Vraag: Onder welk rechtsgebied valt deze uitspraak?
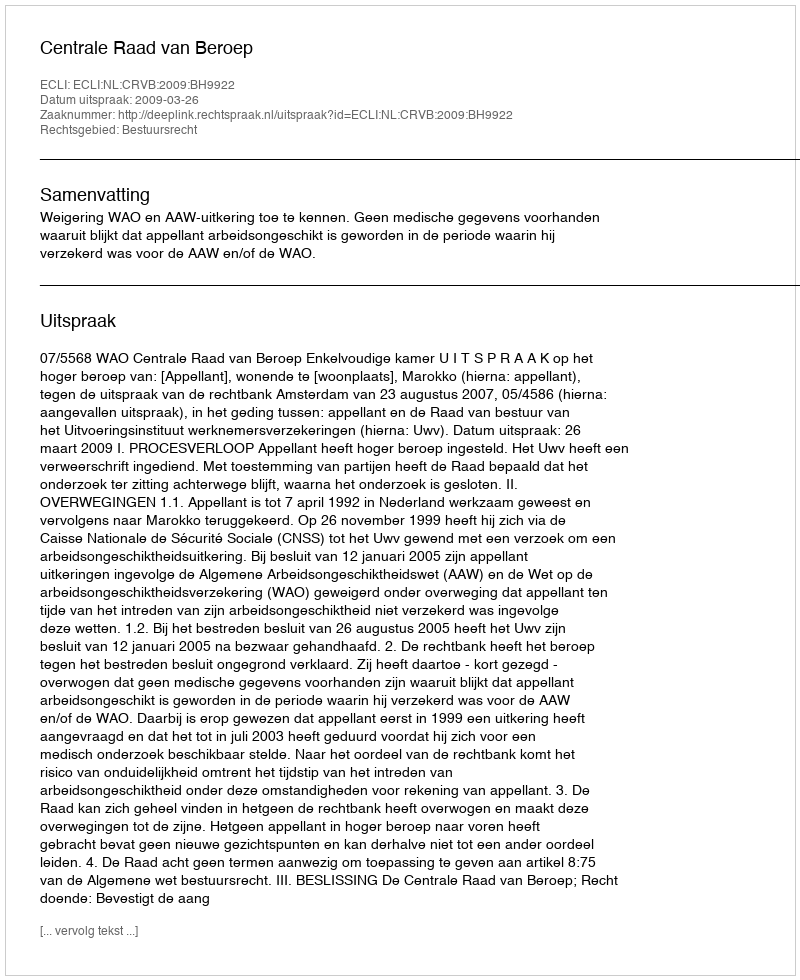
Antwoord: Bestuursrecht